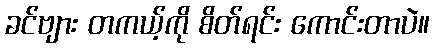
ခင်ဗျား တကယ့်ကို စိတ်ရင်း ကောင်းတာပဲ။